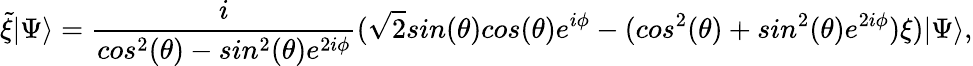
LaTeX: {\widetilde\xi}|\Psi\rangle=\frac{i}{cos^{2}(\theta)-sin^{2}(\theta)e^{2i\phi}}(\sqrt{2}sin(\theta)cos(\theta)e^{i\phi}-(cos^{2}(\theta)+sin^{2}(\theta)e^{2i\phi})\xi)|\Psi\rangle,